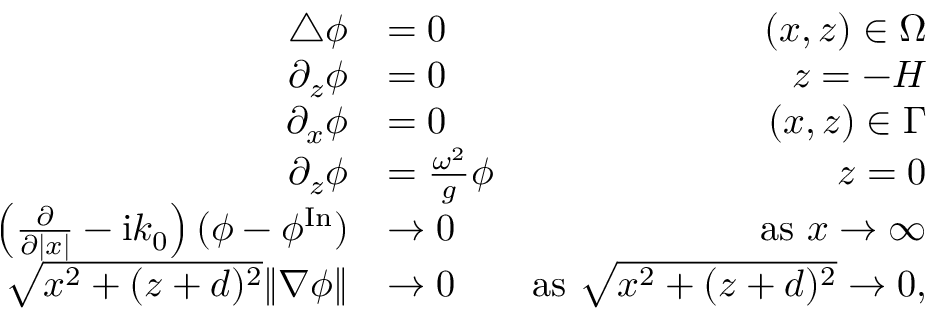
\begin{array} { r l r } { \bigtriangleup \phi } & { = 0 } & { ( x , z ) \in \Omega } \\ { \partial _ { z } \phi } & { = 0 } & { z = - H } \\ { \partial _ { x } \phi } & { = 0 } & { ( x , z ) \in \Gamma } \\ { \partial _ { z } \phi } & { = \frac { \omega ^ { 2 } } { g } \phi } & { z = 0 } \\ { \left( \frac { \partial } { \partial | x | } - \mathrm { i } k _ { 0 } \right) ( \phi - \phi ^ { \mathrm { I n } } ) } & { \to 0 } & { \mathrm { a s \ } x \to \infty } \\ { \sqrt { x ^ { 2 } + ( z + d ) ^ { 2 } } \| \nabla \phi \| } & { \to 0 } & { \mathrm { a s \ } \sqrt { x ^ { 2 } + ( z + d ) ^ { 2 } } \to 0 , } \end{array}